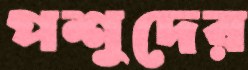
পশুদের